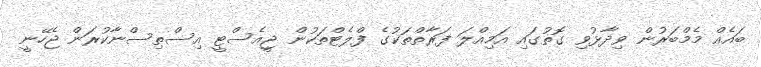
ބައެއް މެމްބަރުން ވިދާޅުވި ގޮތުގައި އަމިއްލަ ފަރާތްތަކުގެ ފްލެޓްތަކުން ޖީއެސްޓީ އިސްތިސްނާކުރަން ޖެހޭނީ